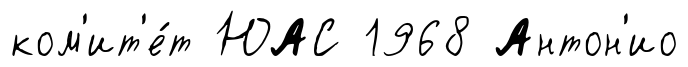
ком'ит'е́т ЮАС 1968 Антон'ио